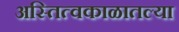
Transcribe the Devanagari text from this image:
अस्तित्वकाळातल्या